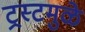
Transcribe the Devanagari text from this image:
ट्रस्टमुळे